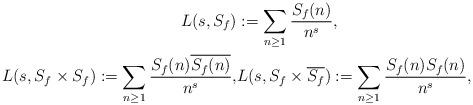
LaTeX: \begin{align*} L(s, S_f) &:= \sum_{n \geq 1} \frac{S_f(n)}{n^s}, \\ L(s, S_f\times S_f) := \sum_{n \geq 1} \frac{S_f(n)\overline{S_f(n)}}{n^s}, &L(s, S_f\times \overline{S_f}) := \sum_{n \geq 1} \frac{S_f(n) S_f(n) }{n^s},\end{align*}